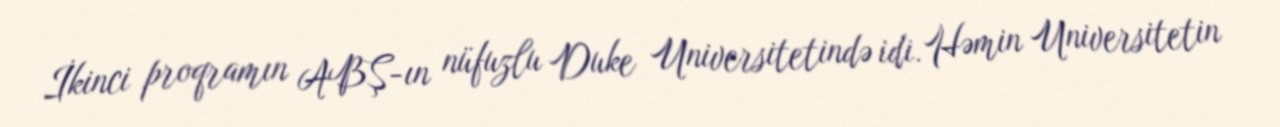
İkinci proqramın ABŞ-ın nüfuzlu Duke Universitetində idi. Həmin Universitetin